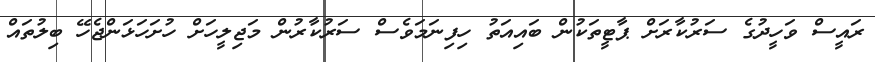
ރައީސް ވަހީދުގެ ސަރުކާރަށް ޕާޓީތަކުން ބައިއަތު ހިފިނަމަވެސް ސަރުކާރުން މަޖިލީހަށް ހުށަހަޅަންޖެހޭ ބިލުތައް